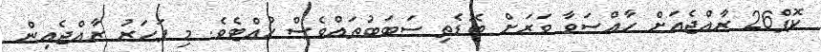
ކޮޕް26 ރާއްޖެއަށް ހާއްސަވާ ވަރަށް ބޮޑެތި ސަބަބުތައްވެސް ހުއްޓެވެ. މި ފަހަރު ރާއްޖެއިން